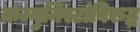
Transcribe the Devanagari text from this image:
कम्युनिस्टांविरुद्ध